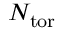
N _ { \mathrm { t o r } }